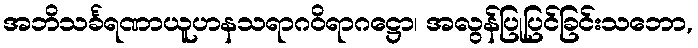
အဘိသင်္ခရဏာယူဟနသရာဂဝိရာဂဋ္ဌော၊ အလွန်ပြုပြင်ခြင်းသဘော,